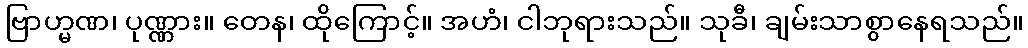
ဗြာဟ္မဏ၊ ပုဏ္ဏား။ တေန၊ ထိုကြောင့်။ အဟံ၊ ငါဘုရားသည်။ သုခီ၊ ချမ်းသာစွာနေရသည်။